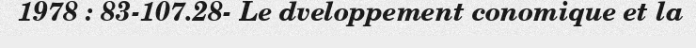
1978 : 83-107.28- Le dveloppement conomique et la